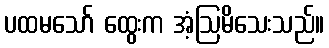
ပထမသော် ထွေးက အံ့ဩမိသေးသည်။